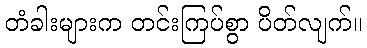
တံခါးများက တင်းကြပ်စွာ ပိတ်လျက်။